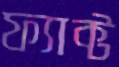
ফ্যাক্ট